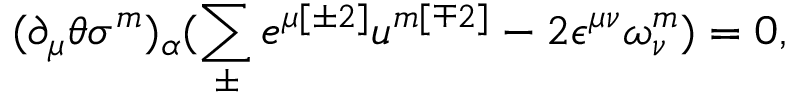
( \partial _ { \mu } \theta \sigma ^ { { m } } ) _ { \alpha } ( \sum _ { \pm } ^ { } e ^ { \mu { [ \pm 2 ] } } u ^ { { m [ \mp 2 ] } } - 2 \epsilon ^ { \mu \nu } \omega _ { \nu } ^ { { m } } ) = 0 ,